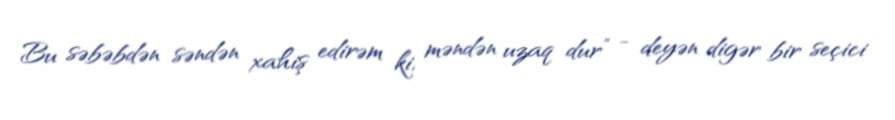
Bu səbəbdən səndən xahiş edirəm ki, məndən uzaq dur” - deyən digər bir seçici